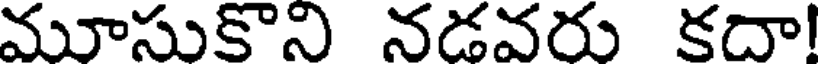
మూసుకొని నడవరు కదా!